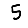
Digit: 5